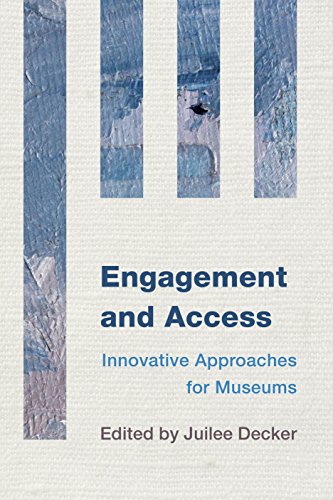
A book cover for Engagement and Access: Innovative Approaches for Museums; Business & Money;